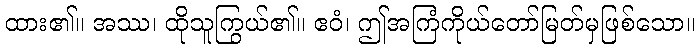
ထား၏။ အဿ၊ ထိုသူကြွယ်၏။ ဧဝံ၊ ဤအကြံကိုယ်တော်မြတ်မှဖြစ်သော။